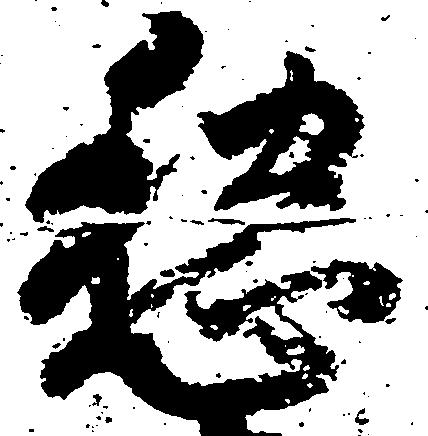
愁